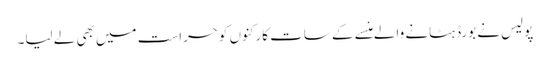
پولیس نے بورڈ ہٹانے والے منسے کے سات کارکنوں کوحراست میں بھی لے لیا۔